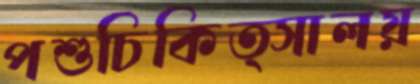
পশুচিকিত্সালয়